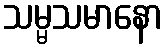
သမ္မသမာနော